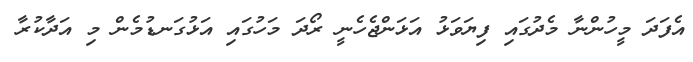
އެފަދަ މީހުންނާ މެދުގައި ފިޔަވަޅު އަޅަންޖެހެނީ ރޯދަ މަހުގައި އަޅުގަނޑުމެން މި އަދާކުރާ